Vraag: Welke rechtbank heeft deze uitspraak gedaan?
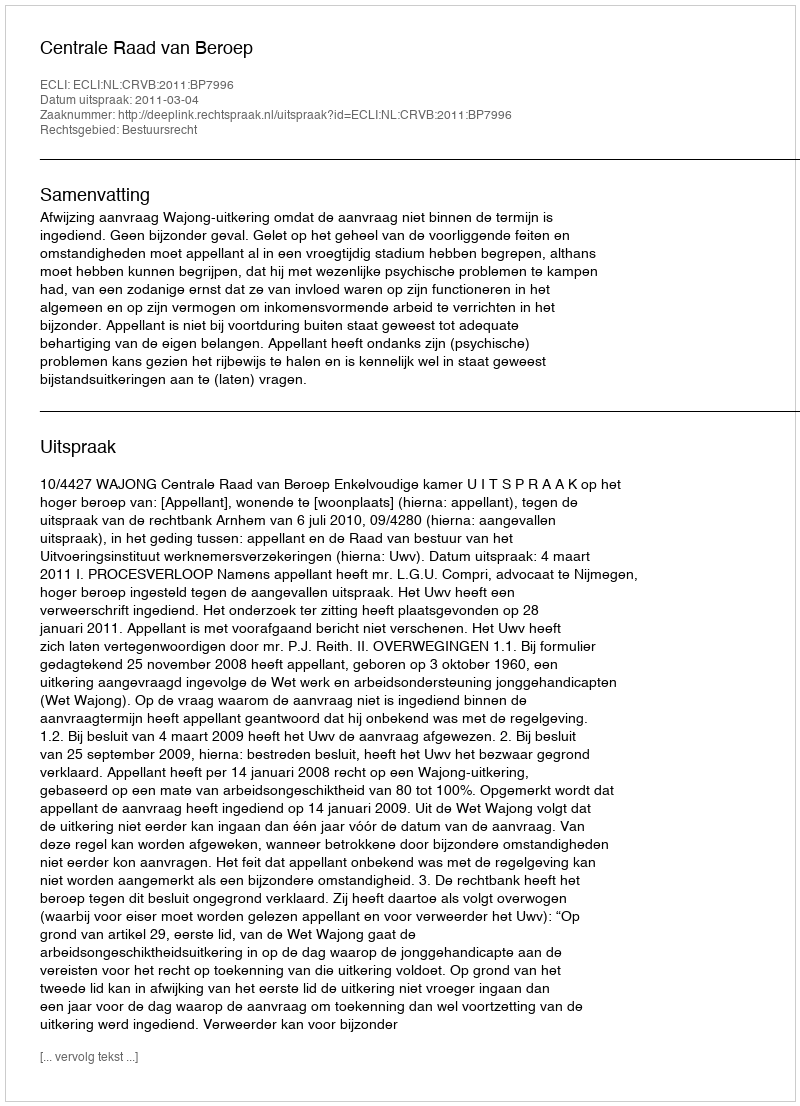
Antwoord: Centrale Raad van Beroep